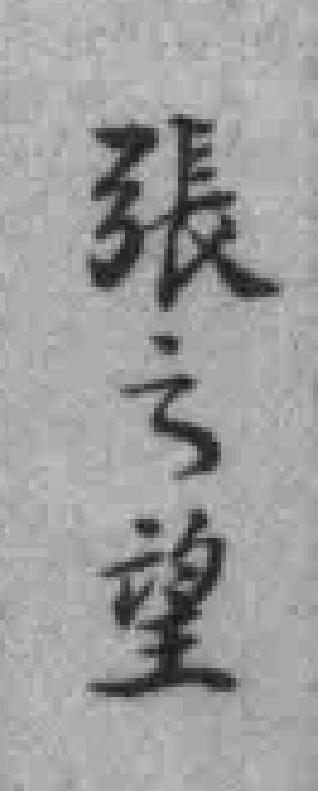
張之望